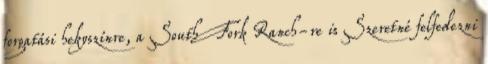
forgatási hekyszínre, a South Fork Ranch-re is Szeretné felfedezni